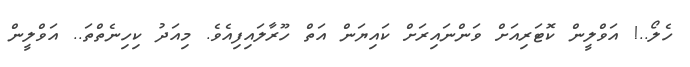
ހެލޯ..! އަވްލީން ކޮޓަރިއަށް ވަންނައިރަށް ކައިޔަން އަތް ހޫރާލައިފިއެވެ. މިއަދު ކިހިނެތްތަ.. އަވްލީން